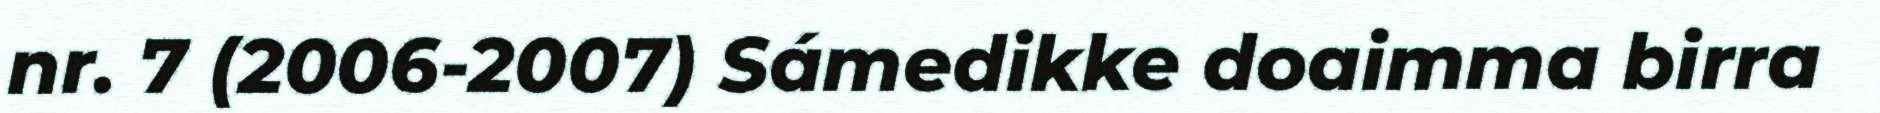
nr. 7 (2006-2007) Sámedikke doaimma birra